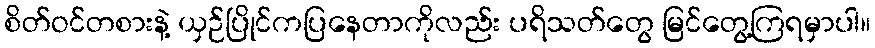
စိတ်ဝင်တစားနဲ့ ယှဉ်ပြိုင်ကပြနေတာကိုလည်း ပရိသတ်တွေ မြင်တွေ့ကြရမှာပါ။